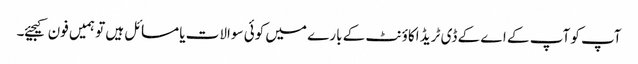
آپ کو آپ کے اے کے ڈی ٹریڈ اکاؤنٹ کے بارے میں کوئی سوالات یا مسائل ہیں تو ہمیں فون کیجیئے۔